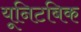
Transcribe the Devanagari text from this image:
यूनिटबिक